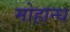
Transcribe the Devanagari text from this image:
मोहान्ध